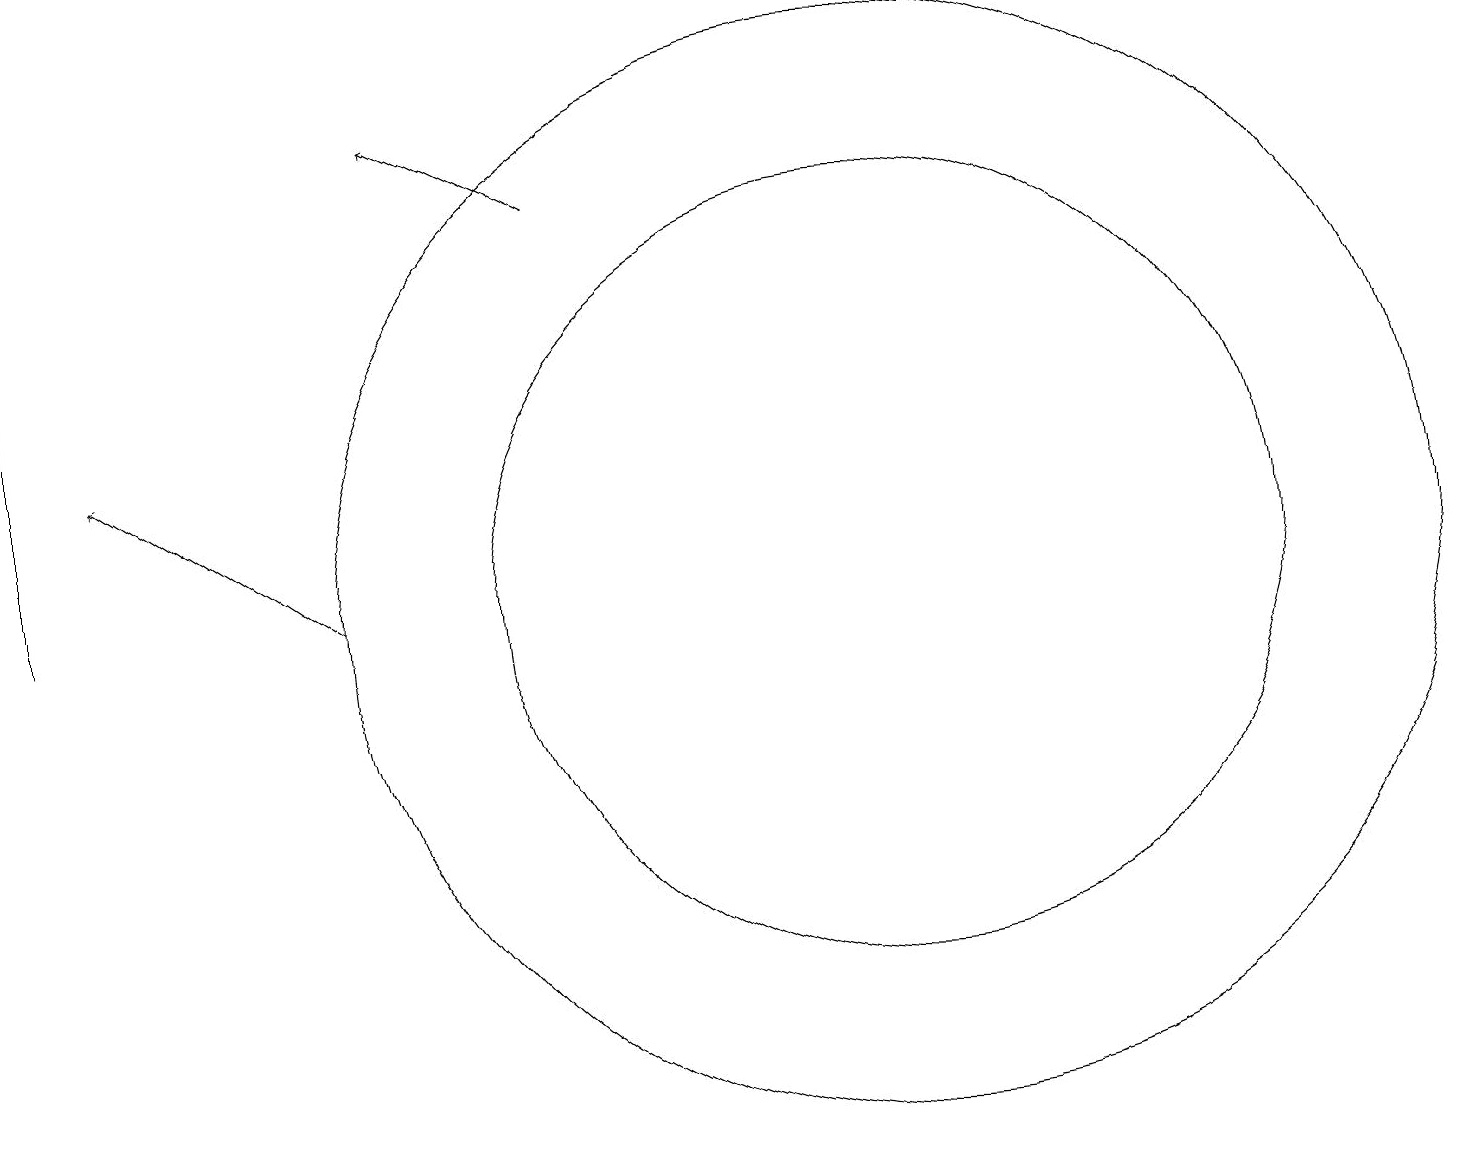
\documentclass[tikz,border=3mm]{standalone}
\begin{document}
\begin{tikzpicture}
\draw (11,11) circle (7);
\draw[->] (4,11) -- (1,13);
\draw (11,11) circle (5);
\draw[->] (7,16) -- (5,17);
\draw (0,11) rectangle (0,15);
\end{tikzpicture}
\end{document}